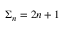
\begin{array} { r } { \Sigma _ { n } = 2 n + 1 } \end{array}